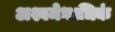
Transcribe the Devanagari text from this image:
अश्वमेधाधिकं